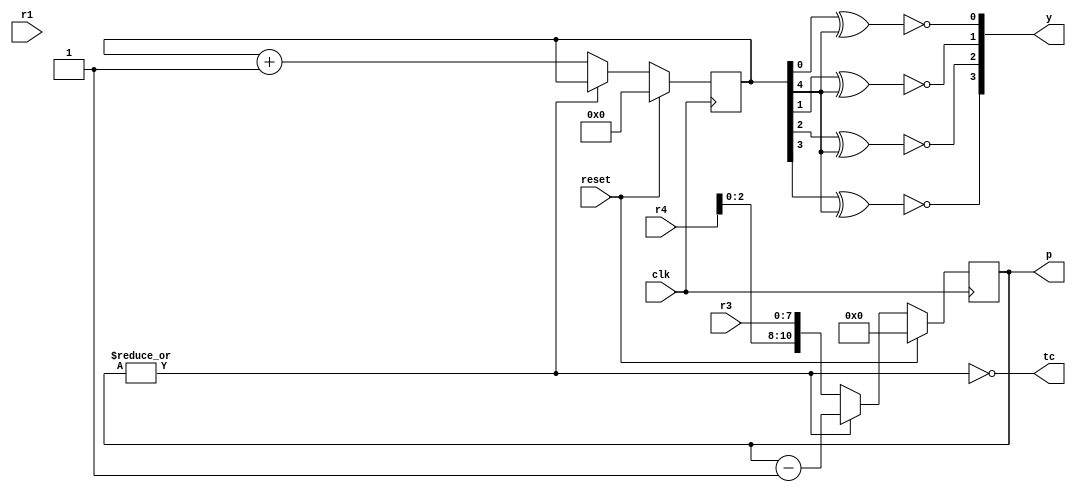
`timescale 1ns / 1ps
//////////////////////////////////////////////////////////////////////////////////
// Company:        Make Hack Void, Canberra, Australia
// 
// Design Name:    Ricoh 2a03 Audio
// Module Name:    tri_channel
// Project Name: 
// Target Devices: Xilinx 7-series
// Tool Versions:  Vivado 2017.2
// Description:    Triangle waveform generator.
// 
// Dependencies: 
// 
// Revision:
// Revision 0.01 - File Created
// Additional Comments:
// 
//////////////////////////////////////////////////////////////////////////////////


module tri_channel(
    input clk,
    input reset,
    input [7:0] r1,     // linear counter controls                      ($4008)
    input [7:0] r3,     // wavelength LSB                               ($400A)
    input [7:0] r4,     // 7:3 length counter value, 2:0 wavelength MSB ($400B)
    output [10:0] p,    // debug value of prog_timer
    output tc,          // debug terminal count
    output [3:0] y
    );

   reg [10:0] prog_timer = {11{1'b0}};      // counts N downto 0 (divides clk by N+1)
   reg [4:0] step_gen = {5{1'b0}};          // counts 0 to 31, generates triangle waveform

   wire [10:0] N = {r4[2:0], r3};           // N ($400A-$400B)
   wire terminal_count;

   // Programmable down counter.
   // Divides 1.79MHz clock by 11 bit value in r3, r4 
   always @(posedge clk)
       if (reset)
          prog_timer <= 11'b0;
       else if (terminal_count)
          prog_timer <= N;
       else
          prog_timer <= prog_timer - 1'b1;

   assign p = prog_timer;
     
   // Terminal count occurs when prog_timer hits 0.
   // This will:
   // 1) cause prog_timer to reload its value for N
   // 2) Potentially trigger the step generator
   assign terminal_count = ~| prog_timer;
   assign tc = terminal_count;

   // Step generator is a simple 5 bit up counter.
   // Based on the available information it never reloads.
   always @(posedge clk)
      if (reset)
         step_gen <= 5'b0;
      else if (terminal_count)
         step_gen <= step_gen + 1;

   // A neat little trick is used here convert the 5 bit step_gen count into a 4 bit
   // triangle wave.
   // Counting from 00000 to 01111 it outputs 0 to F.
   // Once it hits 10000 the XNOR gates 'flip' the output.
   // Counting from 10000 to 11111 outputs F to 0.
   assign y[0] = ! ( step_gen[0] ^ step_gen[4] );
   assign y[1] = ! ( step_gen[1] ^ step_gen[4] );
   assign y[2] = ! ( step_gen[2] ^ step_gen[4] );
   assign y[3] = ! ( step_gen[3] ^ step_gen[4] );
   
endmodule